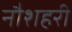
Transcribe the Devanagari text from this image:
नौशहरी